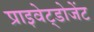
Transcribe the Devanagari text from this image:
प्राइवेट्डोजेंट